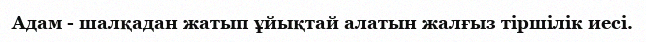
Адам - шалқадан жатып ұйықтай алатын жалғыз тіршілік иесі.